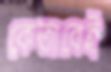
কেতাবেই